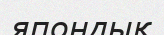
япондық